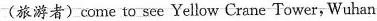
(旅游者)come to see Yellow Crane Tower, Wuhan